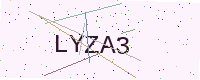
Text: LYZA3